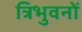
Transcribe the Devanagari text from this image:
त्रिभुवनों